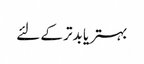
بہتر یا بدتر کے لئے